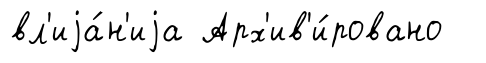
вл'иjа́н'иjа Арх'ив'и́ровано